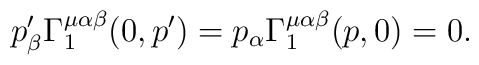
p^{\prime}_{\beta}\Gamma_1^{\mu\alpha\beta} (0,p^\prime)=p_\alpha\Gamma_1^{\mu\alpha\beta} (p,0)=0.